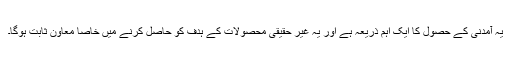
یہ آمدنی کے حصول کا ایک اہم ذریعہ ہے اور یہ غیر حقیقی محصولات کے ہدف کو حاصل کرنے میں خاصا معاون ثابت ہوگا۔